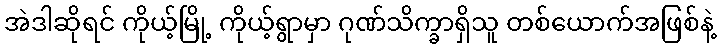
အဲဒါဆိုရင် ကိုယ့်မြို့ ကိုယ့်ရွာမှာ ဂုဏ်သိက္ခာရှိသူ တစ်ယောက်အဖြစ်နဲ့